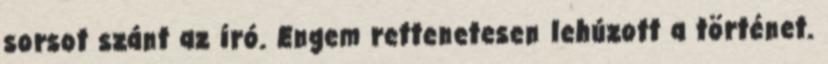
sorsot szánt az író. Engem rettenetesen lehúzott a történet.